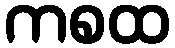
ကစထ